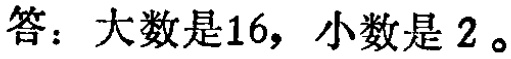
答：大数是16，小数是 2。